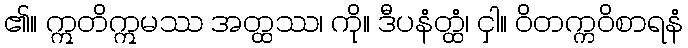
၏။ ဣတိဣမဿ အတ္ထဿ၊ ကို။ ဒီပနံတ္ထံ၊ ငှါ။ ဝိတက္ကဝိစာရနံ